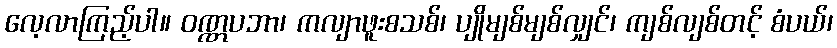
လေ့လာကြည့်ပါ။ ဝဏ္ဏပဘာ၊ ကလျာဖူးစသစ်၊ ပျိုမျစ်မျစ်လျှင်၊ ကျစ်လျစ်တင့် စံပယ်၊